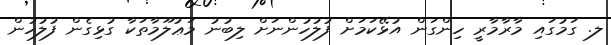
ލ. ގަމުގައި މާރާމާރީ ހިންގަން އުޅޭކަމަށް ފުލުހުންނަށް ލިބުނު މަޢުލޫމާތަކާ ގުޅިގެން ފުލުހުން